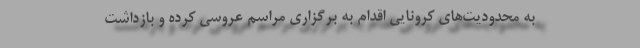
به محدودیت‌های کرونایی اقدام به برگزاری مراسم عروسی کرده و بازداشت